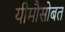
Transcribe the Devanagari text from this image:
यीमौसोबत